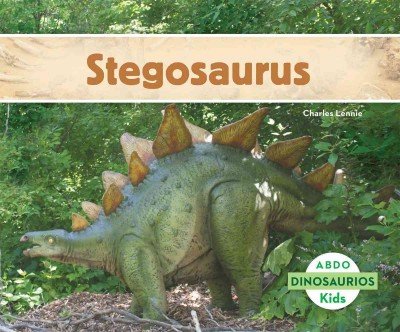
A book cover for Stegosaurus (Dinosaurios / Dinosaurs) (Spanish Edition); Charles Lennie; Children's Books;